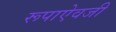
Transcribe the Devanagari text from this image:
रूपाऐवजी